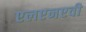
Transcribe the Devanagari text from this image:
एलएनएवी